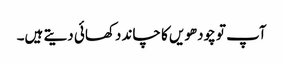
آپ تو چودھویں کا چاند دکھائی دیتے ہیں۔